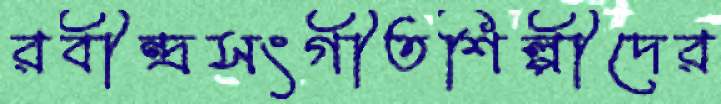
রবীন্দ্রসংগীতশিল্পীদের